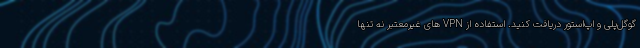
گوگل‌پلی و اپ‌استور دریافت کنید. استفاده از VPN های غیرمعتبر نه تنها